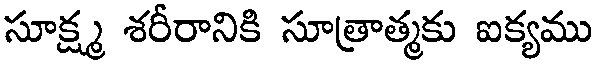
సూక్ష్మ శరీరానికి సూత్రాత్మకు ఐక్యము